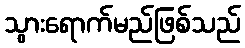
သွားရောက်မည်ဖြစ်သည်